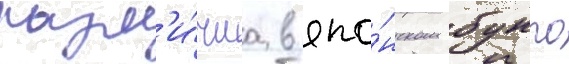
разл'и́чиа в япо́нском бунго